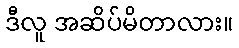
ဒီလူ အဆိပ်မိတာလား။